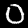
Digit: 0